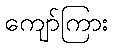
ကျော်ကြား